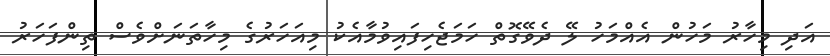
އަދި މިހާރު މަހުން އެއްމަހު ލޭ ދެވޭގޮތް ހަމަޖެހިފައިވުމާއެކު މިއަހަރުގެ މިހާތަނަށްވެސް ތިންފަހަރު